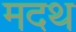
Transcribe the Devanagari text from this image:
मदथ